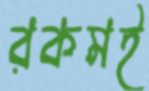
রকমই